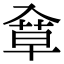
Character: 䓥